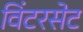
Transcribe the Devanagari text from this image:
विंटरसेट